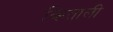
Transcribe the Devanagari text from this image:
व्हिताली